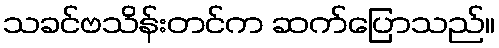
သခင်ဗသိန်းတင်က ဆက်ပြောသည်။